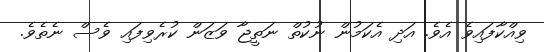
ވިއްކާފައިވެ އެވެ. އަދި އެކަމުން ނުކުތް ނަތީޖާ ވަޒަން ކުރެވިފައި ވެސް ނެތެވެ.